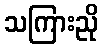
သကြားညို